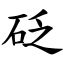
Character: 砭